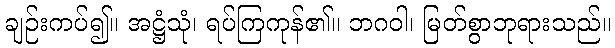
ချဉ်းကပ်၍။ အဋ္ဌံသုံ၊ ရပ်ကြကုန်၏။ ဘဂဝါ၊ မြတ်စွာဘုရားသည်။